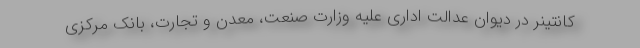
کانتینر در دیوان عدالت اداری علیه وزارت صنعت، معدن و تجارت، بانک مرکزی